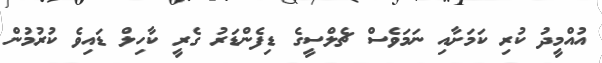
އުއްމީދު ކުރި ކަމަށާއި ނަމަވެސް ޗެލްސީގެ ޑިފެންޑަރު ގެރީ ކާހިލް ޑައިވެ ކުރުމުން